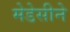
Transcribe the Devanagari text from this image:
मेडेसीने